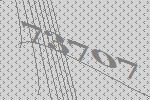
73707